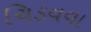
ચિડવવા